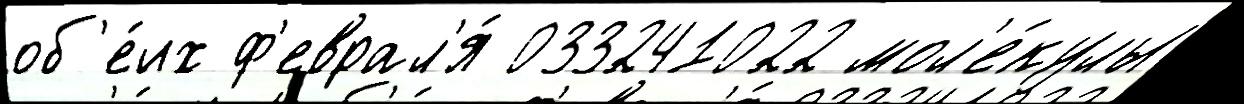
об'е́их ф'еврал'я́ 033241022 мол'е́кулы